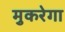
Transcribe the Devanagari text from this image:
मुकरेगा